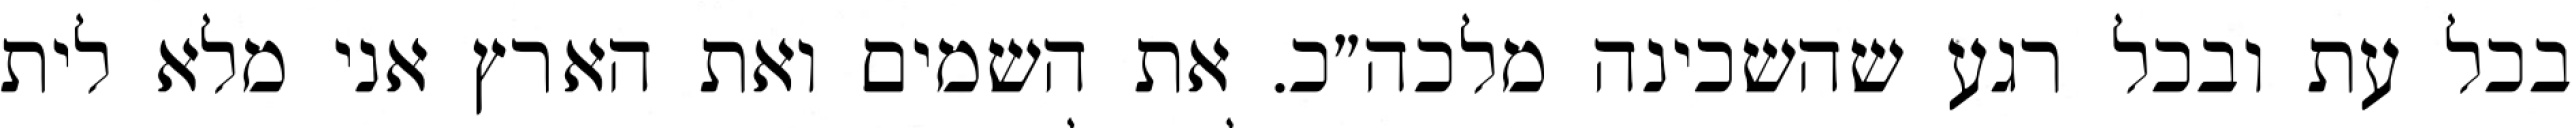
בכל עת ובכל רגע שהשכינה מלכה״כ. את השמים ואת הארץ אני מלא לית